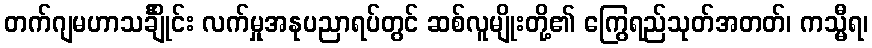
တက်ဂျမဟာသင်္ချိုင်း လက်မှုအနုပညာရပ်တွင် ဆစ်လူမျိုးတို့၏ ကြွေရည်သုတ်အတတ်၊ ကသ္မီရ၊